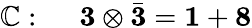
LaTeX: \mathbb{C}:~~~~~{\mathbf{3}}\otimes\bar{{\mathbf{3}}}={\mathbf{1}}+{\mathbf{8}}